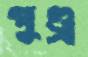
পুণ্ড্র